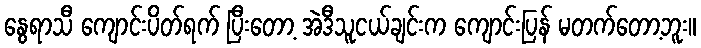
နွေရာသီ ကျောင်းပိတ်ရက် ပြီးတော့ အဲဒီသူငယ်ချင်းက ကျောင်းပြန် မတက်တော့ဘူး။